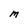
Character: M